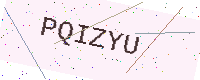
Text: PQIZYU